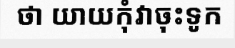
ថា យាយកុំវាចុះទូក